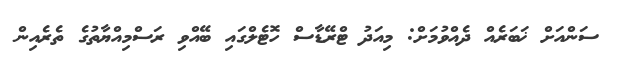
ސަންއަށް ޚަބަރެއް ދެއްވުމަށް: މިއަދު ޓްރޭޑާސް ހޮޓެލްގައި ބޭއްވި ރަސްމިއްޔާތުގެ ތެރެއިން